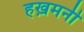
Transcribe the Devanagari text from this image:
हख़मनी